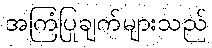
အကြံပြုချက်များသည်